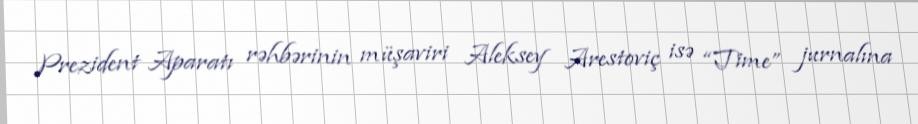
Prezident Aparatı rəhbərinin müşaviri Aleksey Arestoviç isə “Time” jurnalına